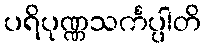
ပရိပုဏ္ဏသင်္ကပ္ပါတိ